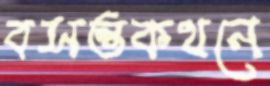
বসন্তকথনে